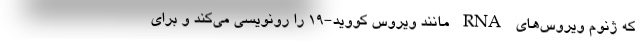
که ژنوم ویروس‌های RNA مانند ویروس کووید-۱۹ را رونویسی می‌کند و برای